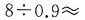
8 \div 0.9 \approx